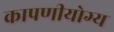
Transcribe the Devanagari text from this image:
कापणीयोग्य